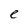
Character: e